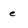
Character: e